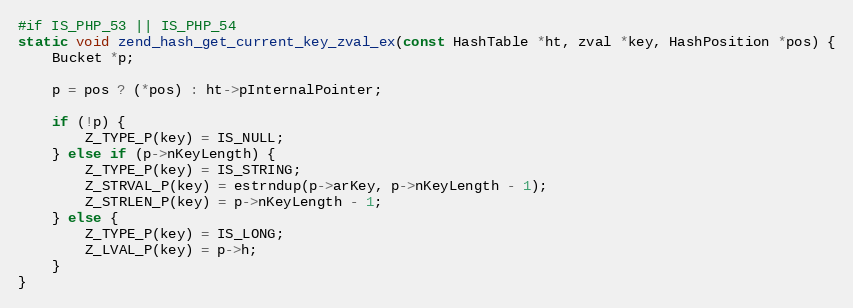
Language: C
#if IS_PHP_53 || IS_PHP_54
static void zend_hash_get_current_key_zval_ex(const HashTable *ht, zval *key, HashPosition *pos) {
    Bucket *p;

    p = pos ? (*pos) : ht->pInternalPointer;

    if (!p) {
        Z_TYPE_P(key) = IS_NULL;
    } else if (p->nKeyLength) {
        Z_TYPE_P(key) = IS_STRING;
        Z_STRVAL_P(key) = estrndup(p->arKey, p->nKeyLength - 1);
        Z_STRLEN_P(key) = p->nKeyLength - 1;
    } else {
        Z_TYPE_P(key) = IS_LONG;
        Z_LVAL_P(key) = p->h;
    }
}